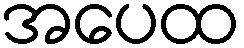
အပေထ